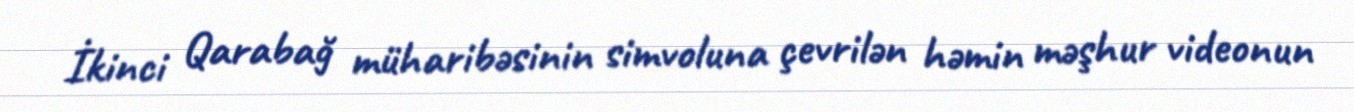
İkinci Qarabağ müharibəsinin simvoluna çevrilən həmin məşhur videonun